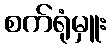
စက်ရုံမှူး